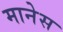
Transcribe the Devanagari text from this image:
मानेस